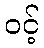
ဝင့်